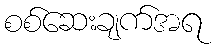
စစ်ဆေးချက်အရ